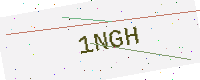
Text: 1NGH